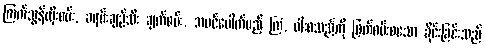
ကြက်သွန်လှီးစမ်း, ခရမ်းချဉ်သီး ချက်စမ်း, အပင်ပေါက်မည့် ကြံ, ဝါးစသည်ကို ဖြတ်စမ်းစသော ခိုင်းခြင်းသည်